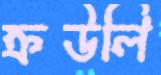
ক্রউলি